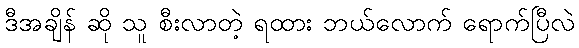
ဒီအချိန် ဆို သူ စီးလာတဲ့ ရထား ဘယ်လောက် ရောက်ပြီလဲ